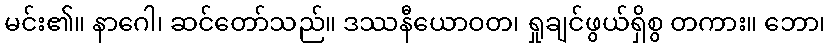
မင်း၏။ နာဂေါ၊ ဆင်တော်သည်။ ဒဿနီယောဝတ၊ ရှုချင်ဖွယ်ရှိစွ တကား။ ဘော၊